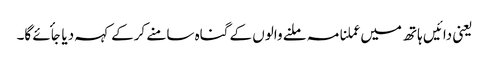
یعنی دائیں ہاتھ میں عملنامہ ملنے والوں کے گناہ سامنے کرکے کہہ دیا جأئے گا۔